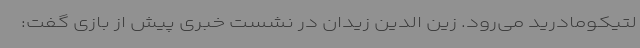
لتیکومادرید می‌رود. زین الدین زیدان در نشست خبری پیش از بازی گفت: